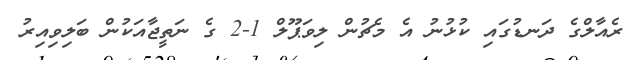
ރެއާލްގެ ދަނޑުގައި ކުޅުނު އެ މެޗުން ލިވަޕޫލް 1-2 ގެ ނަތީޖާއަކުން ބަލިވިއިރު